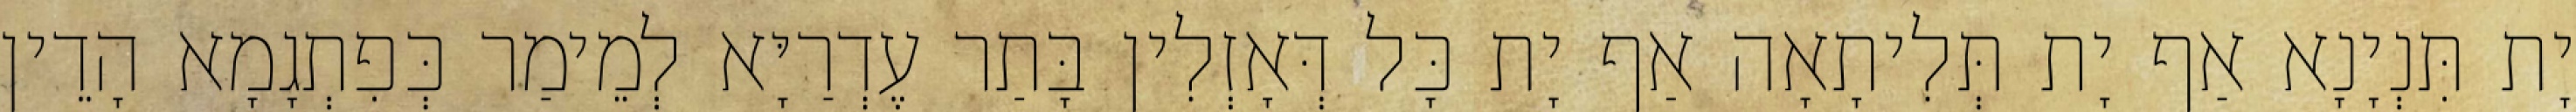
יָת תִּנְיָנָא אַף יָת תְּלִיתָאָה אַף יָת כָּל דְּאָזְלִין בָּתַר עֶדְרַיָּא לְמֵימַר כְּפִתְגָמָא הָדֵין